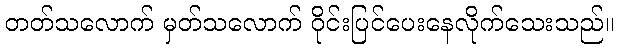
တတ်သလောက် မှတ်သလောက် ဝိုင်းပြင်ပေးနေလိုက်သေးသည်။